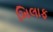
ખિલાફ